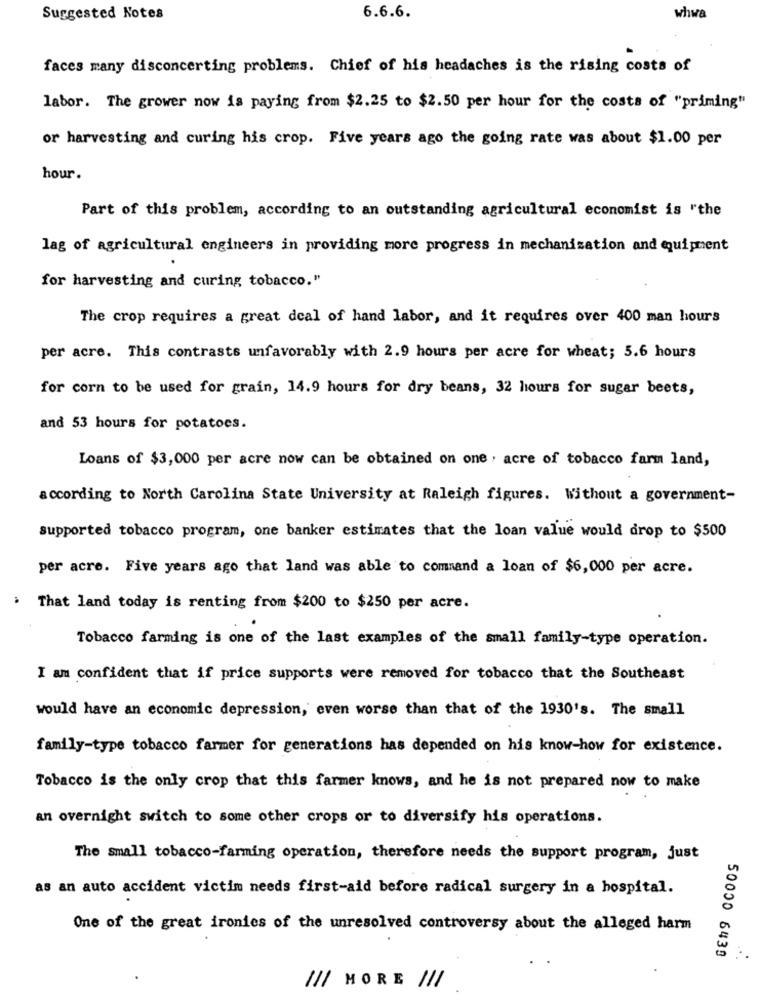
Suggested Notes
6.6.6.
whwa
faces many disconcerting problems. Chief of his headaches is the rising costs of
labor. The grower now is paying from $2.25 to $2.50 per hour for the costs of "priming"
or harvesting and curing his crop. Five years ago the going rate was about $1.00 per
hour.
Part of this problem, according to an outstanding agricultural economist is "the
lag of agricultural engineers in providing more progress in mechanization and equipment
for harvesting and curing tobacco."
The crop requires a great deal of hand labor, and it requires over 400 man hours
per acre. This contrasts unfavorably with 2.9 hours per acre for wheat; 5.6 hours
for corn to be used for grain, 14.9 hours for dry beans, 32 hours for sugar beets,
and 53 hours for potatoes.
Loans of $3,000 per acre now can be obtained on one , acre of tobacco farm land,
according to North Carolina State University at Raleigh figures. Without a government-
supported tobacco program, one banker estimates that the loan value would drop to $500
per acre. Five years ago that land was able to command a loan of $6,000 per acre.
: That land today is renting from $200 to $250 per acre.
Tobacco farming is one of the last examples of the small family-type operation.
I am confident that if price supports were removed for tobacco that the Southeast
would have an economic depression, even worse than that of the 1930's. The small
family-type tobacco farmer for generations has depended on his know-how for existence.
Tobacco is the only crop that this farmer knows, and he is not prepared now to make
an overnight switch to some other crops or to diversify his operations.
The small tobacco-farming operation, therefore needs the support program, just
as an auto accident victim needs first-aid before radical surgery in a hospital.
One of the great ironies of the unresolved controversy about the alleged harm
50000 6439
/// MORE ///